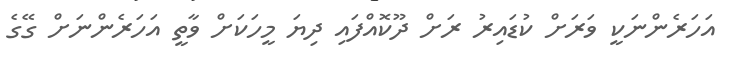
އަހަރެންނަކީ ވަރަށް ކުޑައިރު ރަށް ދޫކޮއްފައި ދިޔަ މީހަކަށް ވާތީ އަހަރެންނަށް ގޭގެ